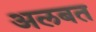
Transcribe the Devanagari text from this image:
अलबत